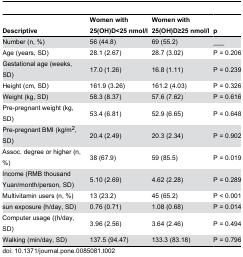
<table><thead><tr><td><b>Descriptive </b></td><td><b>Women with 25(OH)D&lt;25 nmol/l </b></td><td><b>Women with 25(OH)D≥25 nmol/l </b></td><td><b>p</b></td></tr></thead><tbody><tr><td>Number (n, %)</td><td>56 (44.8)</td><td>69 (55.2)</td><td> ___</td></tr><tr><td>Age (years, SD)</td><td>28.1 (2.67)</td><td>28.7 (3.02)</td><td>P = 0.206</td></tr><tr><td>Gestational age (weeks, SD)</td><td>17.0 (1.26)</td><td>16.8 (1.11)</td><td>P = 0.239</td></tr><tr><td>Height (cm, SD)</td><td>161.9 (3.26)</td><td>161.2 (4.03)</td><td>P = 0.326</td></tr><tr><td>Weight (kg, SD)</td><td>58.3 (8.37)</td><td>57.6 (7.62)</td><td>P = 0.616</td></tr><tr><td>Pre-pregnant weight (kg, SD)</td><td>53.4 (6.81)</td><td>52.9 (6.65)</td><td>P = 0.648</td></tr><tr><td>Pre-pregnant BMI (kg/m<sup>2</sup>, SD)</td><td>20.4 (2.49)</td><td>20.3 (2.34)</td><td>P = 0.902</td></tr><tr><td>Assoc. degree or higher (n, %)</td><td>38 (67.9)</td><td>59 (85.5)</td><td>P = 0.019</td></tr><tr><td>Income (RMB thousand Yuan/month/person, SD)</td><td>5.10 (2.69)</td><td>4.62 (2.28)</td><td>P = 0.289</td></tr><tr><td>Multivitamin users (n, %)</td><td>13 (23.2)</td><td>45 (65.2)</td><td>P &lt; 0.001</td></tr><tr><td>sun exposure (h/day, SD)</td><td>0.76 (0.71) </td><td>1.08 (0.68)</td><td>P = 0.014</td></tr><tr><td>Computer usage ((h/day, SD) </td><td>3.96 (2.56)</td><td>3.64 (2.46)</td><td>P = 0.494</td></tr><tr><td>Walking (min/day, SD)</td><td>137.5 (94.47) </td><td>133.3 (83.18)</td><td>P = 0.796</td></tr></tbody></table>